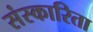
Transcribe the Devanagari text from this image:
संस्कारिता